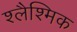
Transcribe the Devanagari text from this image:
श्लैश्मिक